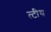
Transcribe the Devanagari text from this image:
त्टीय